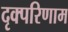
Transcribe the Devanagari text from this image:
दृक्परिणाम